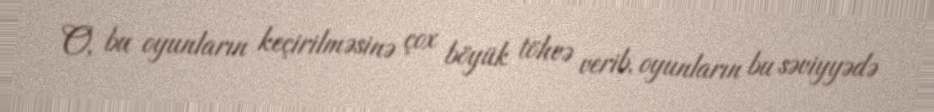
O, bu oyunların keçirilməsinə çox böyük töhvə verib, oyunların bu səviyyədə